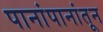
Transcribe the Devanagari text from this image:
पानांपानांतून